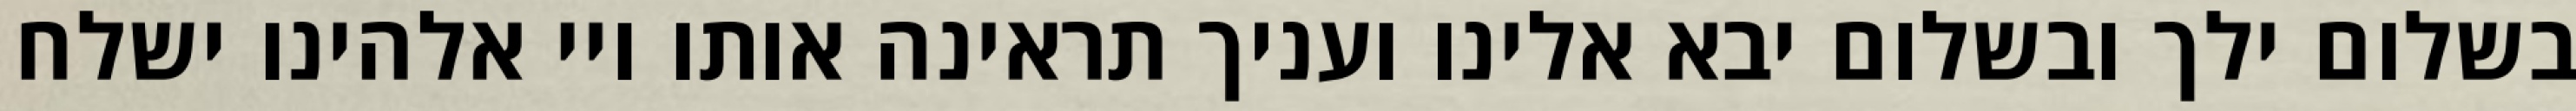
בשלום ילך ובשלום יבא אלינו ועניך תראינה אותו ויי אלהינו ישלח